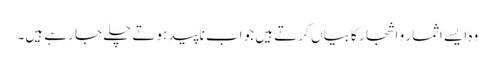
وہ ایسے اثمار و اشجار کا بیاں کرتے ہیں جو اب ناپید ہوتے چلے جا رہے ہیں۔